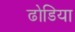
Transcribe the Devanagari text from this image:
ढोडिया